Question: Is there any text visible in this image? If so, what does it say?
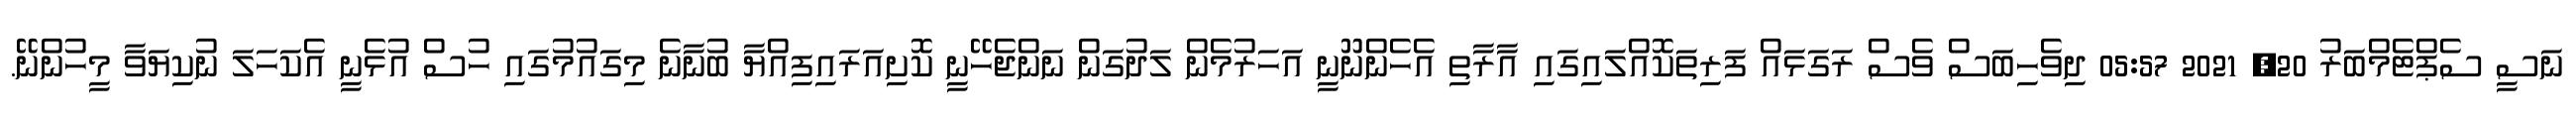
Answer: ނަސީ ސެޕްޓެމްބަރު 20, 2021 05:57 ދިވެހިބަސް ވެސް ރަގަޅައް ފަރިތަކޮއްލައިގައި އާރާތި އެހެންނޫނީ އަހަރުމެން ލަދުގަން ނަންޖެހޭނީ ކޮށިއަރައިފިއްޔާ ބުނާނެ މިގައުމުގައި ހުސް އުޅެނީ އެކަހަލަ ނުކިޔަވާ މީހުންނޭ.